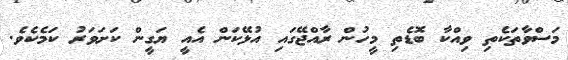
މަސްވާތަކެތި ވިއްކާ ބޮޑެތި މީހުން ރާއްޖޭގައި އުޅޭކަން އެއީ ޔަގީން ކަށަވަރު ކަމެކެވެ.